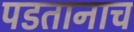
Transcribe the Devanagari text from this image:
पडतानाच